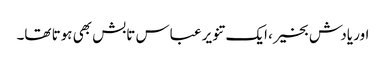
اور یادش بخیر، ایک تنویر عباس تابش بھی ہوتا تھا۔